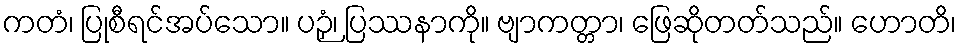
ကတံ၊ ပြုစီရင်အပ်သော။ ပဉှံ၊ ပြဿနာကို။ ဗျာကတ္တာ၊ ဖြေဆိုတတ်သည်။ ဟောတိ၊